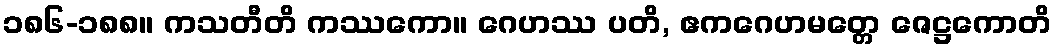
၁၈၆-၁၈၈။ ကသတီတိ ကဿကော။ ဂေဟဿ ပတိ, ဧကဂေဟမတ္တေ ဇေဋ္ဌကောတိ